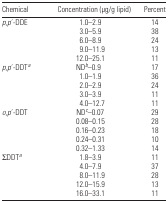
| Chemical | Concentration (μg/g lipid) | Percent |
 | --- | --- | --- |
 | p,p′-DDE | 1.0–2.9 | 14 |
 |  | 3.0–5.9 | 38 |
 |  | 6.0–8.9 | 24 |
 |  | 9.0–11.9 | 13 |
 |  | 12.0–25.1 | 11 |
 | p,p′-DDTa | NDb–0.9 | 17 |
 |  | 1.0–1.9 | 36 |
 |  | 2.0–2.9 | 24 |
 |  | 3.0–3.9 | 11 |
 |  | 4.0–12.7 | 11 |
 | o,p′-DDT | NDc–0.07 | 29 |
 |  | 0.08–0.15 | 28 |
 |  | 0.16–0.23 | 18 |
 |  | 0.24–0.31 | 10 |
 |  | 0.32–1.33 | 14 |
 | ∑ DDTa | 1.8–3.9 | 11 |
 |  | 4.0–7.9 | 37 |
 |  | 8.0–11.9 | 28 |
 |  | 12.0–15.9 | 13 |
 |  | 16.0–33.1 | 11 |